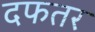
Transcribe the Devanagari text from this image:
दफतर